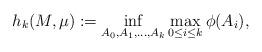
LaTeX: \begin{align*} h_k(M,\mu):=\inf_{A_0,A_1,\ldots,A_k}\max_{0\leq i\leq k}\phi(A_i),\end{align*}